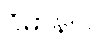
ဝိဓာနဝါ